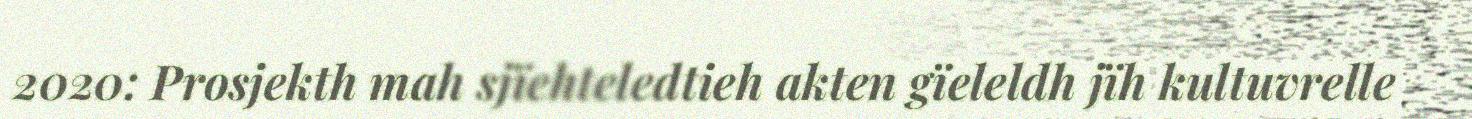
2020: Prosjekth mah sjïehteledtieh akten gïeleldh jïh kultuvrelle